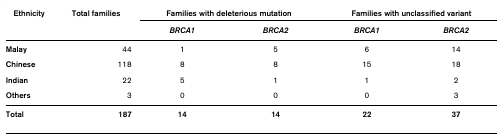
<table><thead><tr><td><b>Ethnicity</b></td><td><b>Total families</b></td><td colspan="2"><b>Families with deleterious mutation</b></td><td colspan="2"><b>Families with unclassified variant</b></td></tr><tr><td></td><td></td><td><b><i>BRCA1</i></b></td><td><b><i>BRCA2</i></b></td><td><b><i>BRCA1</i></b></td><td><b><i>BRCA2</i></b></td></tr></thead><tbody><tr><td><b>Malay</b></td><td>44</td><td>1</td><td>5</td><td>6</td><td>14</td></tr><tr><td><b>Chinese</b></td><td>118</td><td>8</td><td>8</td><td>15</td><td>18</td></tr><tr><td><b>Indian</b></td><td>22</td><td>5</td><td>1</td><td>1</td><td>2</td></tr><tr><td><b>Others</b></td><td>3</td><td>0</td><td>0</td><td>0</td><td>3</td></tr><tr><td><b>Total</b></td><td><b>187</b></td><td><b>14</b></td><td><b>14</b></td><td><b>22</b></td><td><b>37</b></td></tr></tbody></table>